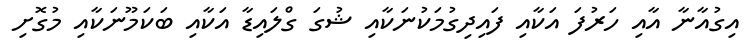
އިގުއާނާ އާއި ހަރުފަ އަކާއި ފައިދިގުމަކުނަކާއި ޝުގަ ގްލައިޑާ އަކާއި ބަކަމޫނަކާއި މުގޮށި